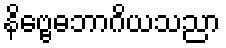
နိဗ္ဗေဓဘာဂိယသညာ